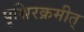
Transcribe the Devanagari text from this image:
पृश्निरक्रमीत्